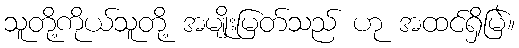
သူတို့ကိုယ်သူတို့ အမျိုးမြတ်သည် ဟု အထင်ရှိမြဲ။